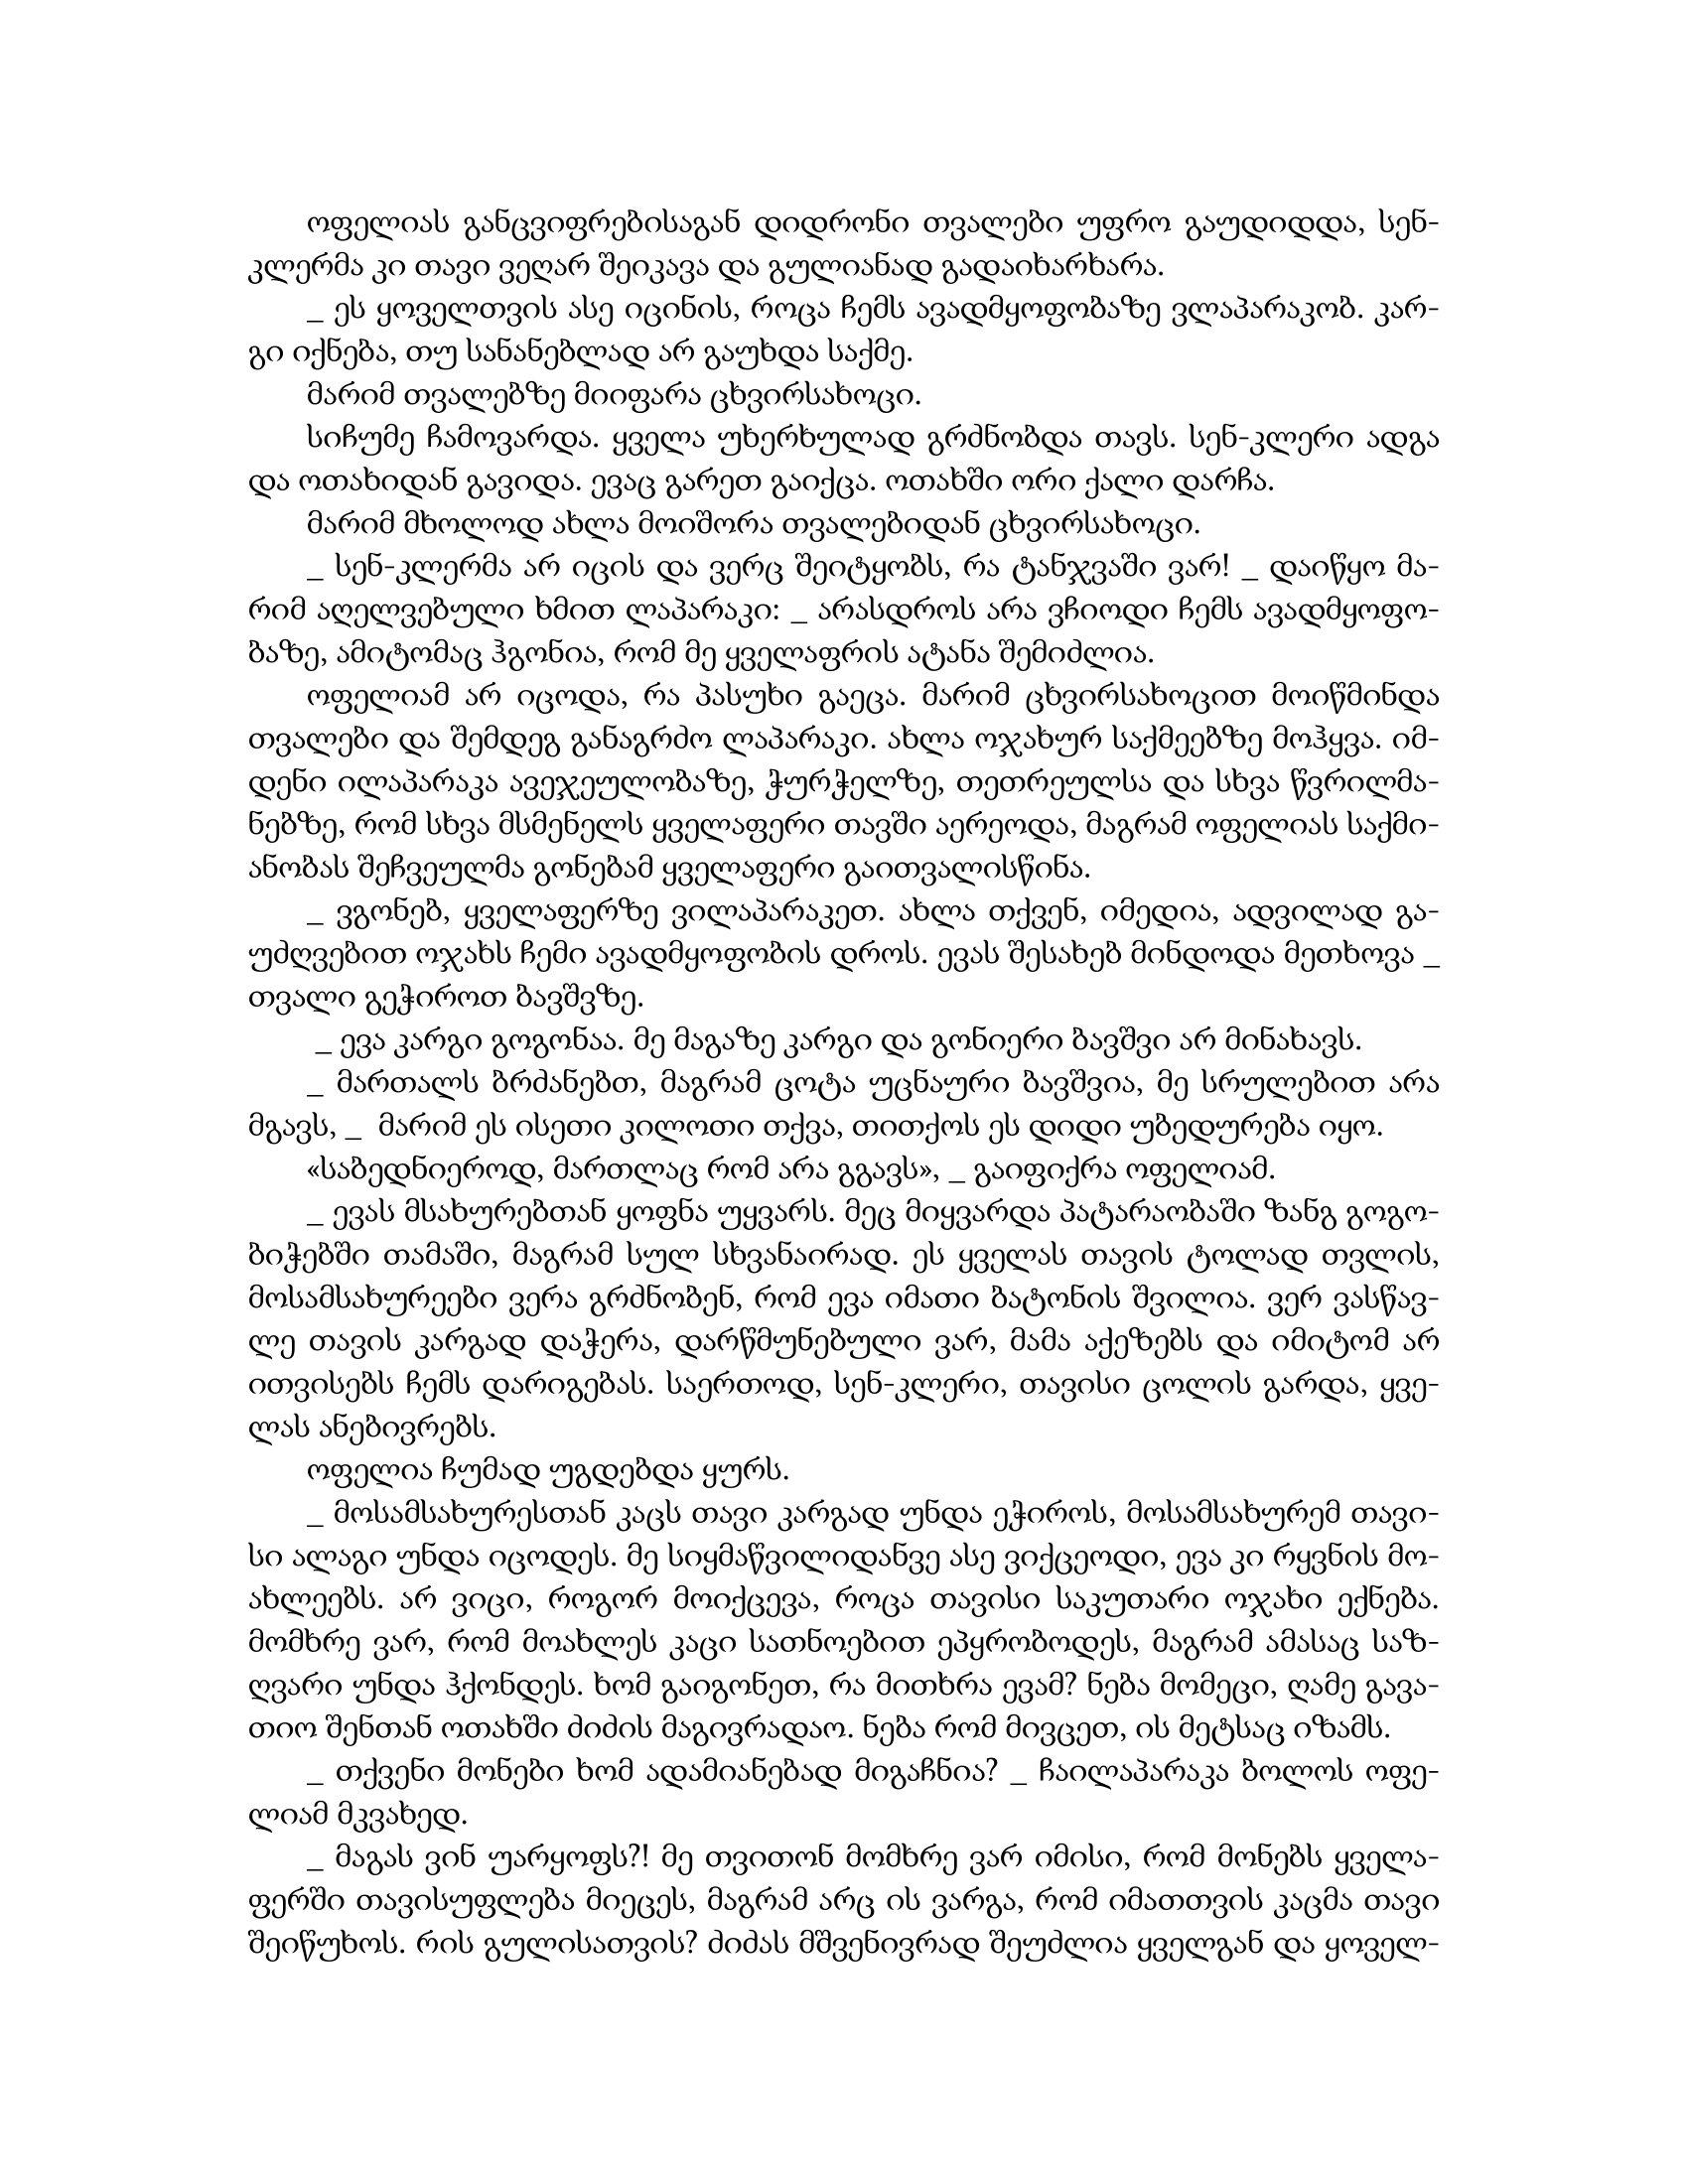
Language: gr